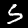
Label: 5